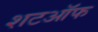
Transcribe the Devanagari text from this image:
शटऑफ